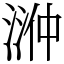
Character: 㴢